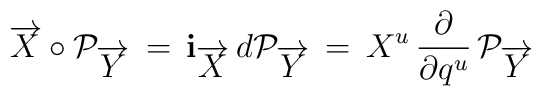
\overrightarrow{X} \circ {\cal P}_{\overrightarrow{Y}}\, =  \, {\bf i}_{\overrightarrow{X}} \, d{\cal P}_{\overrightarrow{Y}}\, = \,X^u \, {\frac{\partial}{\partial q^u}} \, {\cal P}_{\overrightarrow{Y}}\,